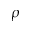
\rho